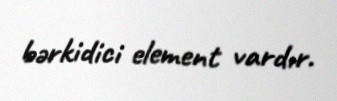
bərkidici element vardır.